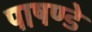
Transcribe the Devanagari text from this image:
पाषण्डे